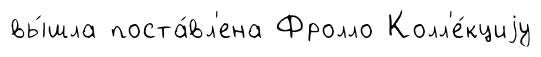
вы́шла поста́вл'ена Фролло Колл'е́кциjу